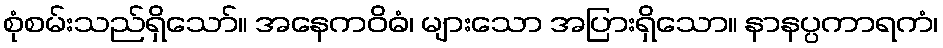
စုံစမ်းသည်ရှိသော်။ အနေကဝိဓံ၊ များသော အပြားရှိသော။ နာနပ္ပကာရကံ၊